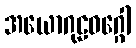
အယောဂုဠဝဂ္ဂေါ